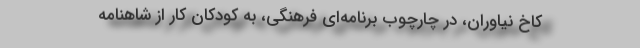
کاخ نیاوران، در چارچوب برنامه‌ای فرهنگی، به کودکان کار از شاهنامه